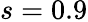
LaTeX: s=0.9